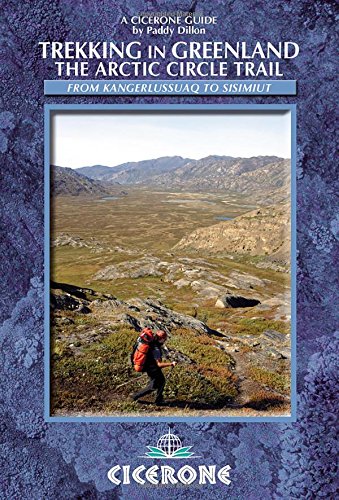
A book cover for Trekking in Greenland: The Arctic Circle Trail (Cicerone Guides); Paddy Dillon; Travel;